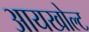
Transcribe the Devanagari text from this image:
आयखोल्ट